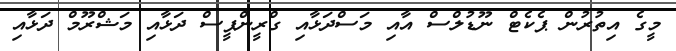
މީގެ އިތުރުން ޕެކެޓް ނޫޑުލްސް އާއި މަސްދަޅާއި ގްރީންޕީސް ދަޅާއި މަޝްރޫމް ދަޅާއި